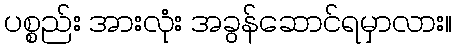
ပစ္စည်း အားလုံး အခွန်ဆောင်ရမှာလား။